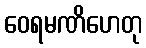
ဝေရမဏိဟေတု